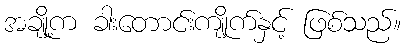
အချို့က ခါးတောင်းကျိုက်နှင့် ဖြစ်သည်။